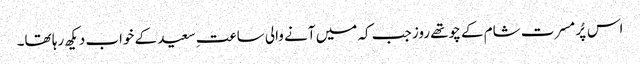
اس پُر مسرت شام کے چوتھے روز جب کہ میں آنے والی ساعتِ سعید کے خواب دیکھ رہا تھا۔